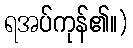
ရအပ်ကုန်၏။)